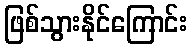
ဖြစ်သွားနိုင်ကြောင်း